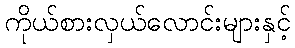
ကိုယ်စားလှယ်လောင်းများနှင့်